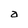
Character: a